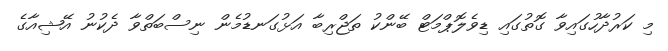
މި ކަރުދާހުގައިވާ ގޮތުގައި ޑިވެލޮޕްމަޓް ބޭންކު ތަޖްރިބާ އަޅުގަނޑުމެން ނިސްބަތްވާ ދެކުނު އޭޝިއާގެ